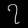
Digit: ၇